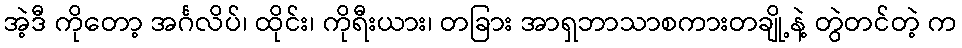
အဲ့ဒီ ကိုတော့ အင်္ဂလိပ်၊ ထိုင်း၊ ကိုရီးယား၊ တခြား အာရှဘာသာစကားတချို့နဲ့ တွဲတင်တဲ့ က